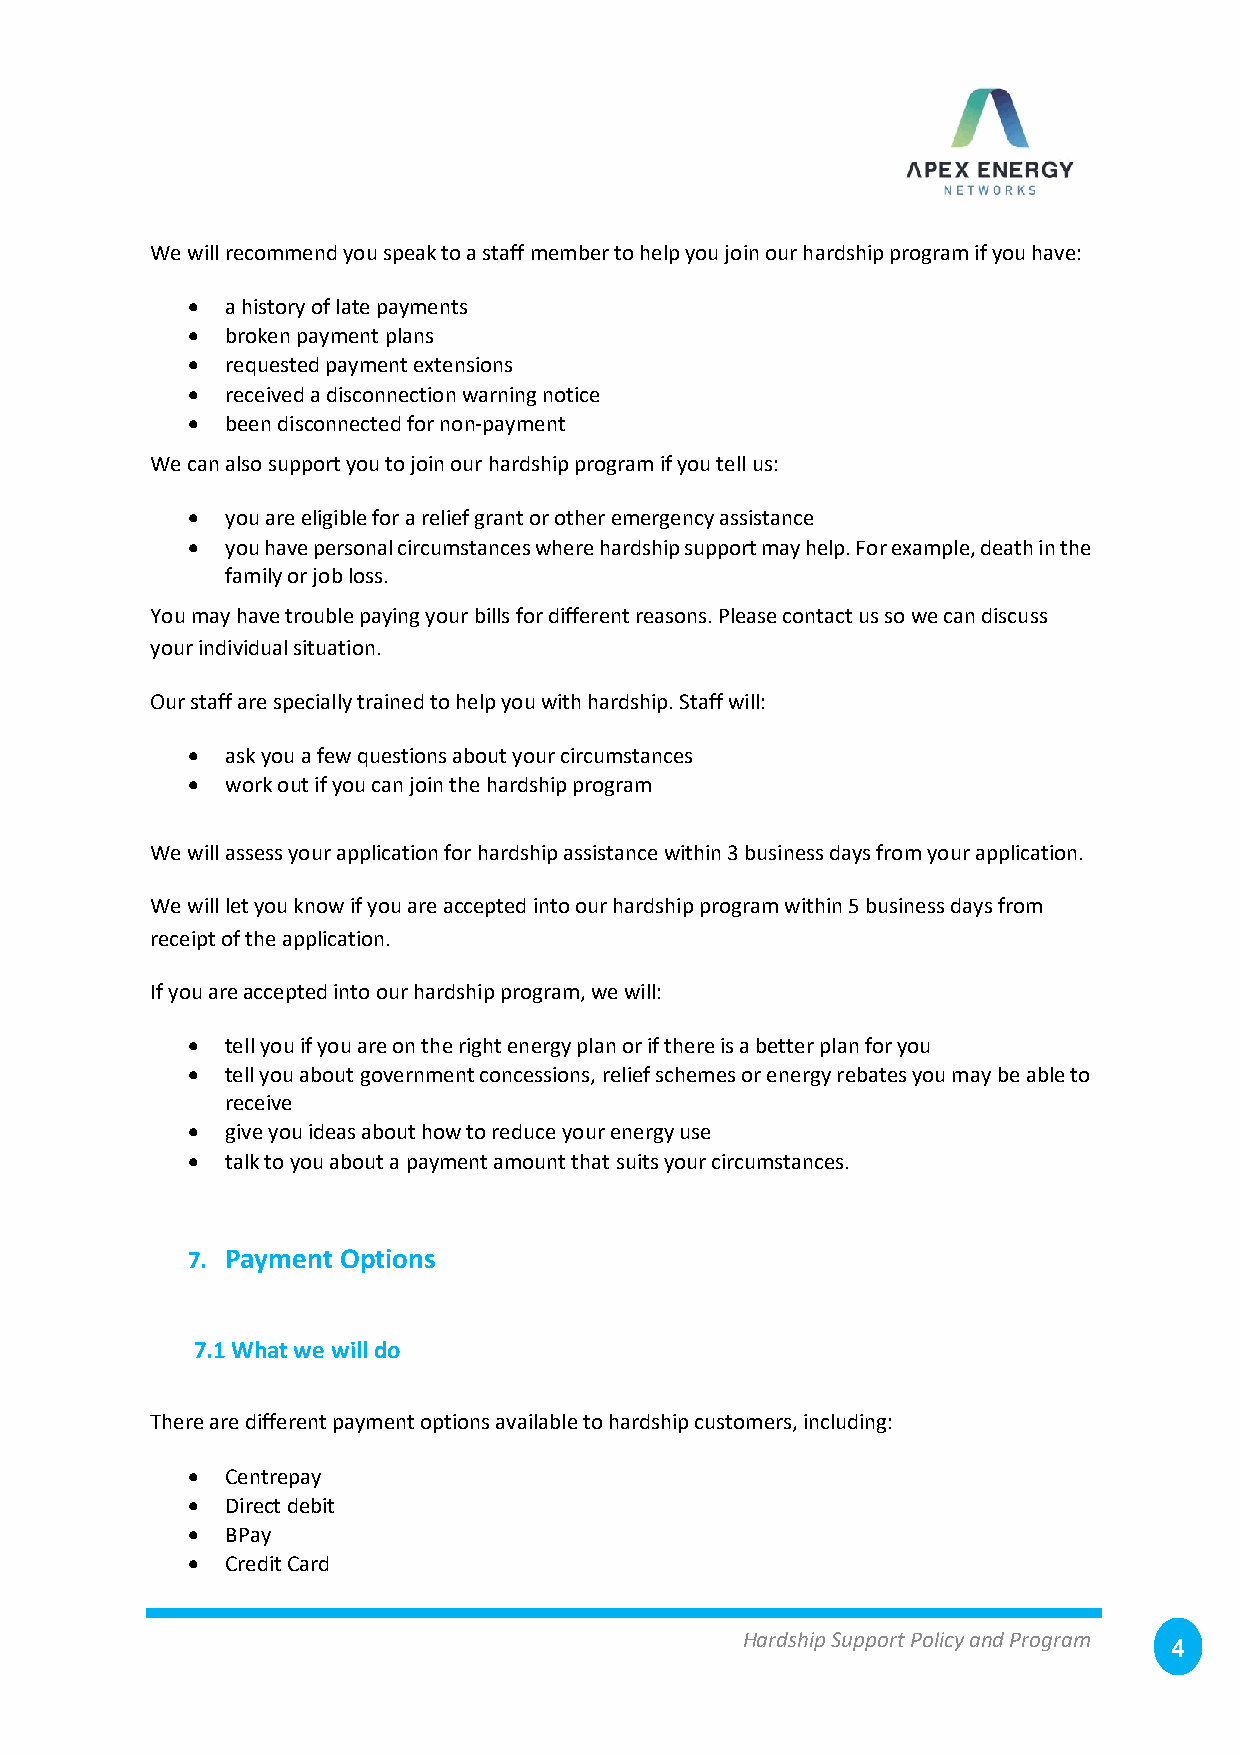
We will recommend you speak to a staff member to help you join our hardship program if you have:
 •  a history of late payments
 •  broken payment plans
 •  requested payment extensions
 •  received a disconnection warning notice
 •  been disconnected for non-payment
 We can also support you to join our hardship program if you tell us:
 •  you are eligible for a relief grant or other emergency assistance
 •  you have personal circumstances where hardship support may help. For example, death in the
 family or job loss.
 You may have trouble paying your bills for different reasons. Please contact us so we can discuss
 your individual situation.
 Our staff are specially trained to help you with hardship. Staff will:
 •  ask you a few questions about your circumstances
 •  work out if you can join the hardship program
 We will assess your application for hardship assistance within 3 business days from your application.
 We will let you know if you are accepted into our hardship program within 5 business days from
 receipt of the application.
 If you are accepted into our hardship program, we will:
 •  tell you if you are on the right energy plan or if there is a better plan for you
 •  tell you about government concessions, relief schemes or energy rebates you may be able to
 receive
 •  give you ideas about how to reduce your energy use
 •  talk to you about a payment amount that suits your circumstances.
 7. Payment Options
 7.1 What we will do
 There are different payment options available to hardship customers, including:
 •  Centrepay
 •  Direct debit
 •  BPay
 •  Credit Card
 Hardship Support Policy and Program
 4